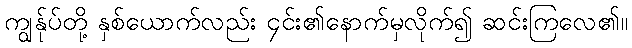
ကျွန်ုပ်တို့ နှစ်ယောက်လည်း ၄င်း၏နောက်မှလိုက်၍ ဆင်းကြလေ၏။